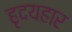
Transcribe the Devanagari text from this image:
हृदयहार